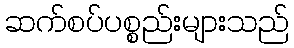
ဆက်စပ်ပစ္စည်းများသည်